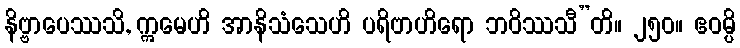
နိဗ္ဗာပေဿသိ, ဣမေဟိ အာနိသံသေဟိ ပရိဗာဟိရော ဘဝိဿသီ”တိ။ ၂၅၀။ ဧဝမ္ပိ